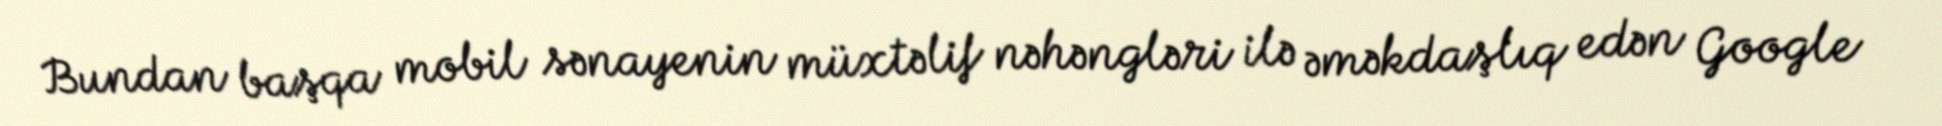
Bundan başqa mobil sənayenin müxtəlif nəhəngləri ilə əməkdaşlıq edən Google